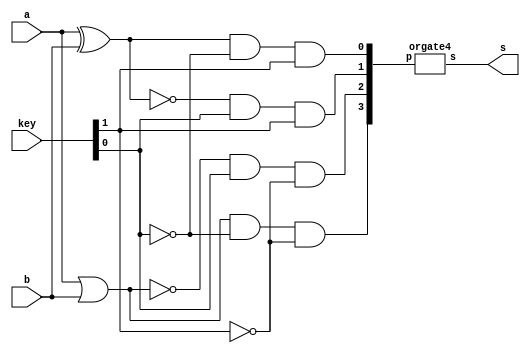
// -------------------------
// Exemplo0034 - LU selecionavel
// Nome: Jenifer Henrique
// -------------------------
// -------------------------
// LU
// -------------------------
   module LU (output s, input a, input b, input [1:0] key);

   wire [3:0] c;
   wire [3:0] d;

   // descrever por portas
   xor XOR1(c[0], a, b);
   xnor XNOR1(c[1], a, b);
   nor NOR1(c[2], a, b);
   or OR1(c[3], a, b);

   and AND1(d[0], c[0], ~key[0], key[1]);
   and AND2(d[1], c[1], key[0], key[1]);
   and AND3(d[2], c[2], key[0], ~key[1]);
   and AND4(d[3], c[3], ~key[0], ~key[1]);

   orgate4 OR(s, d );

   endmodule // LU

   module orgate4 ( output s, input [3:0] p);
          wire y, z;
          or OR1 (y, p[0], p[1]);
          or OR2 (z, p[2], p[3]);

          assign s = y | z;
   endmodule // orgate

   module test_LU;
// ------------------------- definir dados
   reg x, y;
   reg [1:0] key;

   LU modulo (z, x, y, key);

// ------------------------- parte principal
   initial begin
   $display("Exemplo0034 - Jenifer Henrique - 427420");
   $display("Test LU's module");
   $display("\n A | B | Key | Resultado");
   $monitor("%1b    %1b    %1b       %2b ",x,y,key,z);

       //projetar testes do modulo
          x = 1'b0;   y = 1'b0;   key = 2'b00;
       #1 x = 1'b0;   y = 1'b1;   key = 2'b00;
       #1 x = 1'b1;   y = 1'b0;   key = 2'b00;
       #1 x = 1'b1;   y = 1'b1;   key = 2'b00;

       #1 x = 1'b0;   y = 1'b0;   key = 2'b01;
       #1 x = 1'b0;   y = 1'b1;   key = 2'b01;
       #1 x = 1'b1;   y = 1'b0;   key = 2'b01;
       #1 x = 1'b1;   y = 1'b1;   key = 2'b01;
       
       #1 x = 1'b0;   y = 1'b0;   key = 2'b10;
       #1 x = 1'b0;   y = 1'b1;   key = 2'b10;
       #1 x = 1'b1;   y = 1'b0;   key = 2'b10;
       #1 x = 1'b1;   y = 1'b1;   key = 2'b10;

       #1 x = 1'b0;   y = 1'b0;   key = 2'b11;
       #1 x = 1'b0;   y = 1'b1;   key = 2'b11;
       #1 x = 1'b1;   y = 1'b0;   key = 2'b11;
       #1 x = 1'b1;   y = 1'b1;   key = 2'b11;

   end
endmodule // test_f4